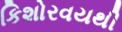
કિશોરવયથી